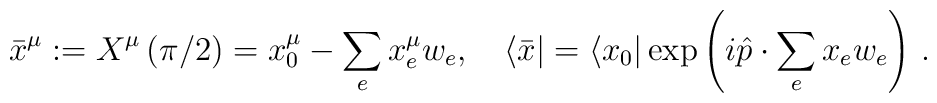
\bar{x}^{\mu }:=X^{\mu }\left( \pi /2\right) =x_{0}^{\mu}-\sum_{e}x_{e}^{\mu }w_{e},\quad \langle \bar{x}|=\langle x_{0}|\exp\left( i\hat{p}\cdot \sum_{e}x_{e}w_{e}\right)\,.